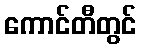
ကောင်တီတွင်